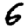
Digit: 6